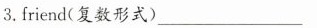
3.friend(复数形式) ___